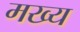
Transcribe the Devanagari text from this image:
मख्य